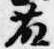
藤